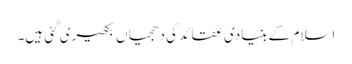
اسلام کے بنیادی عقائد کی دھجیاں بکھیری گئی ہیں۔